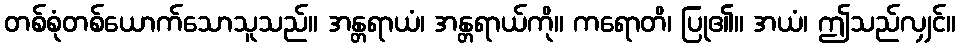
တစ်စုံတစ်ယောက်သောသူသည်။ အန္တရာယံ၊ အန္တရာယ်ကို။ ကရောတိ၊ ပြု၏။ အယံ၊ ဤသည်လျှင်။